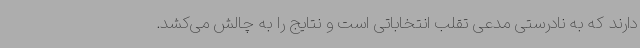
دارند که به نادرستی مدعی تقلب انتخاباتی است و نتایج را به چالش می‌کشد.